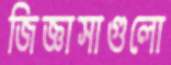
জিজ্ঞাসাগুলো